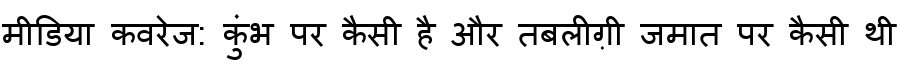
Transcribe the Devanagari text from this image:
मीडिया कवरेज: कुंभ पर कैसी है और तबलीग़ी जमात पर कैसी थी